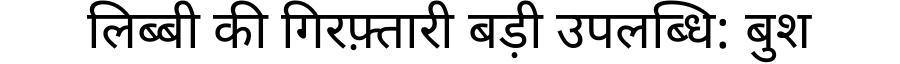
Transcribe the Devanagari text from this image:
लिब्बी की गिरफ़्तारी बड़ी उपलब्धि: बुश